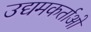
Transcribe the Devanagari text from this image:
उद्यमकर्ताओं